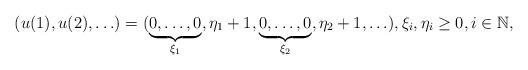
LaTeX: \begin{align*} (u(1),u(2),\ldots)&=(\underbrace{0,\ldots,0}_{\xi_1},\eta_{1}+1,\underbrace{0,\ldots,0}_{\xi_2},\eta_{2}+1,\ldots),\xi_i,\eta_i\ge0,i\in\mathbb N, \end{align*}